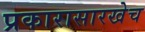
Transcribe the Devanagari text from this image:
प्रकारासारखेच